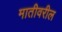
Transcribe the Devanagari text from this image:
मातीवरील